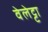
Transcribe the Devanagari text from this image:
वेलेट्टा